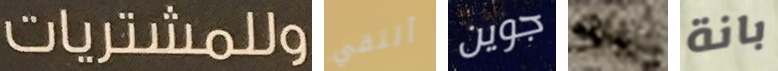
وللمشتريات ألتقي جوين منتج بانة